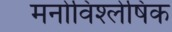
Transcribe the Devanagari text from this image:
मनोविश्लेषिक